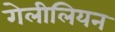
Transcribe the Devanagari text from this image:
गेलीलियन